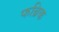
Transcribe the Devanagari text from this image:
फब्रिक